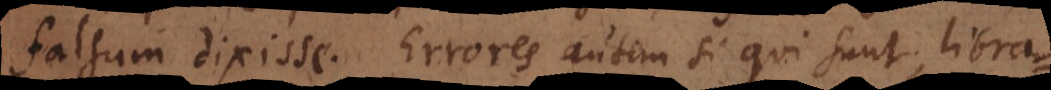
falsum dixisse. Errores autem si qui sunt, libra